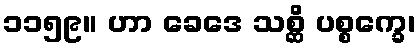
၁၁၅၉။ ဟာ ခေဒေ သစ္ဆိ ပစ္စက္ခေ၊